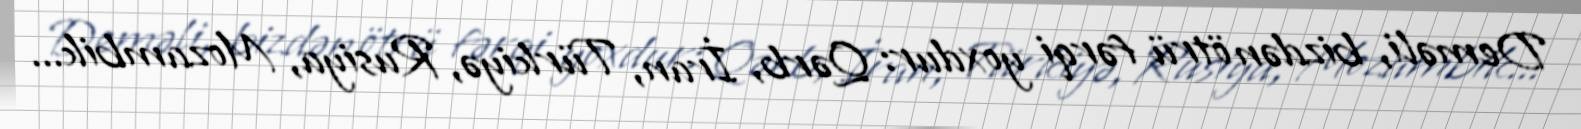
Deməli, bizdən ötrü fərqi yoxdur: Qərb, İran, Türkiyə, Rusiya, Mozambik...